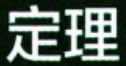
定理